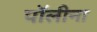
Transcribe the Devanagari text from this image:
पॉलीना